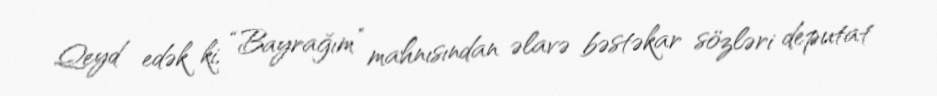
Qeyd edək ki, “Bayrağım” mahnısından əlavə bəstəkar sözləri deputat